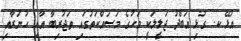
އުޅޭ ކ. ގުޅި އަބްދު ޖަލީލަކީ މަހުގެ މަސައްކަތުގައި ތަޖުރިބާ އާއި ހުނަރާއި